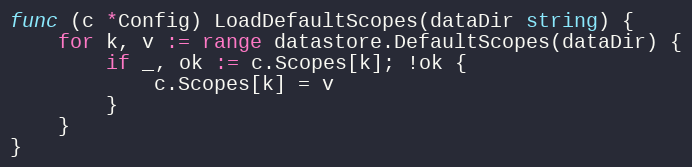
Language: Go
func (c *Config) LoadDefaultScopes(dataDir string) {
	for k, v := range datastore.DefaultScopes(dataDir) {
		if _, ok := c.Scopes[k]; !ok {
			c.Scopes[k] = v
		}
	}
}